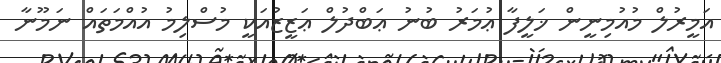
އަމީރުލް މުއުމިނީން ޚަލީފާ ޢުމަރު ބުނު ޢަބްދުލް ޢަޒީޒުއަކީީ މުސްލިމު އުއްމަތައް ނަމޫނާ